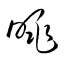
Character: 眺